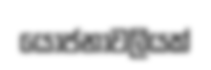
යෝජනාවලියක්